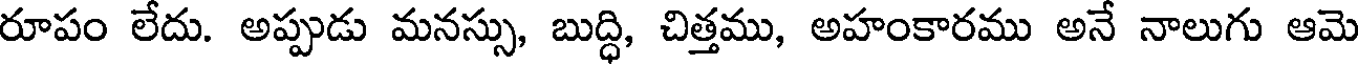
రూపం లేదు. అప్పుడు మనస్సు, బుద్ధి, చిత్తము, అహంకారము అనే నాలుగు ఆమె